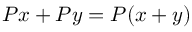
P x + P y = P ( x + y )